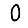
Digit: 0